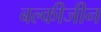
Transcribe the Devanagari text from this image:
बल्कीजीन